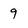
Character: 9